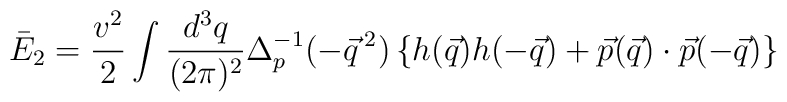
\bar{E}_2=\frac{v^2}{2}\int \frac{d^3q}{(2\pi)^2}    \Delta_p^{-1}(-\vec{q}\,^2)\left\{h(\vec{q})h(-\vec{q})    +\vec{p}(\vec{q})\cdot\vec{p}(-\vec{q})\right\}